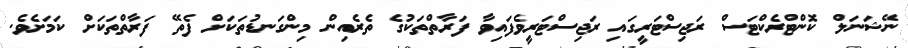
ނޭޝަނަލް ކޮންޓްރެކްޓަސް ރަޖިސްޓަރީގައި ރަޖިސްޓަރީވެފައިވާ ފަރާތްތަކުގެ ތެރެއިން މިންގަނޑުތަކަށް ފެތޭ ފަރާތްތަކަށް ކަމަށެވެ.